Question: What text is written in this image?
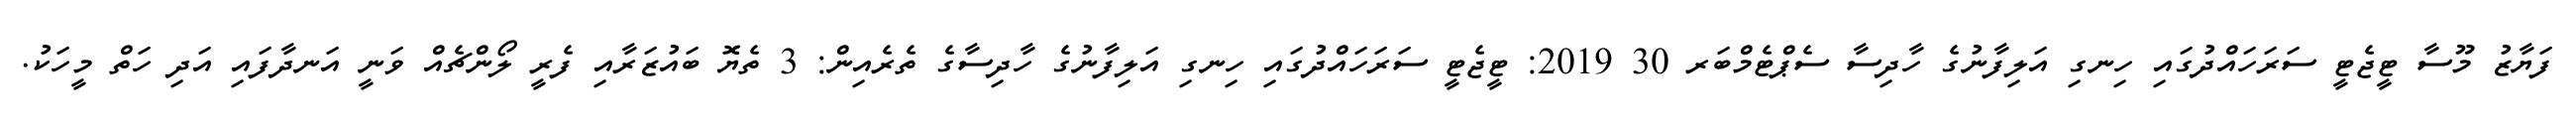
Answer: ފަޔާޒު މޫސާ ޓީޖެޓީ ސަރަހައްދުގައި ހިނގި އަލިފާނުގެ ހާދިސާ ސެޕްޓެމްބަރ 30 2019: ޓީޖެޓީ ސަރަހައްދުގައި ހިނގި އަލިފާނުގެ ހާދިސާގެ ތެރެއިން: 3 ތެޔޮ ބައުޒަރާއި ފެރީ ލޯންޗެއް ވަނީ އަނދާފައި އަދި ހަތް މީހަކު.